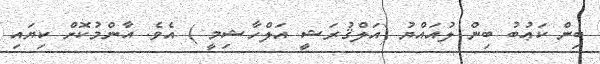
ބިން ކަޢުބު ބިން ލުއައްޔު (އަލްޤުރަޝީ އަލްހާޝިމީ ) އެވެ. އާންމުކޮށް ކިޔައި